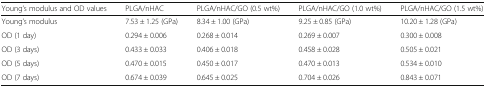
| Young’s modulus and OD values | PLGA/nHAC | PLGA/nHAC/GO (0.5 wt%) | PLGA/nHAC/GO (1.0 wt%) | PLGA/nHAC/GO (1.5 wt%) |
 | --- | --- | --- | --- | --- |
 | Young’s modulus | 7.53 ± 1.25 (GPa) | 8.34 ± 1.00 (GPa) | 9.25 ± 0.85 (GPa) | 10.20 ± 1.28 (GPa) |
 | OD (1 day) | 0.294 ± 0.006 | 0.268 ± 0.014 | 0.269 ± 0.007 | 0.300 ± 0.008 |
 | OD (3 days) | 0.433 ± 0.033 | 0.406 ± 0.018 | 0.458 ± 0.028 | 0.505 ± 0.021 |
 | OD (5 days) | 0.470 ± 0.015 | 0.450 ± 0.017 | 0.470 ± 0.013 | 0.534 ± 0.010 |
 | OD (7 days) | 0.674 ± 0.039 | 0.645 ± 0.025 | 0.704 ± 0.026 | 0.843 ± 0.071 |